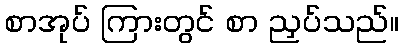
စာအုပ် ကြားတွင် စာ ညှပ်သည်။